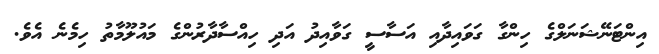
އިންޓަނޭޝަނަލްގެ ހިންގާ ގަވައިދާއި އަސާސީ ގަވާއިދު އަދި ހިއްސާދާރުންގެ މައުލޫމާތު ހިމެނެ އެވެ.